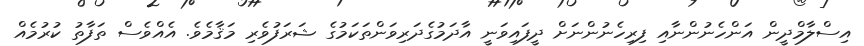
އިސްލާމްދީން އަންހެނުންނާއި ފިރިހެނުންނަށް ދީފައިވަނީ އާދަމުގެދަރިވަންތަކަމުގެ ޝަރަފުވެރި މަޤާމެވެ. އެއްވެސް ތަފާތު ކުރުމެއް